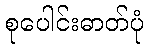
စုပေါင်းဓာတ်ပုံ